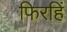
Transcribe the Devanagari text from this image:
फिरहिं